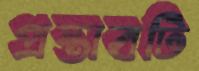
প্রস্তাবটি